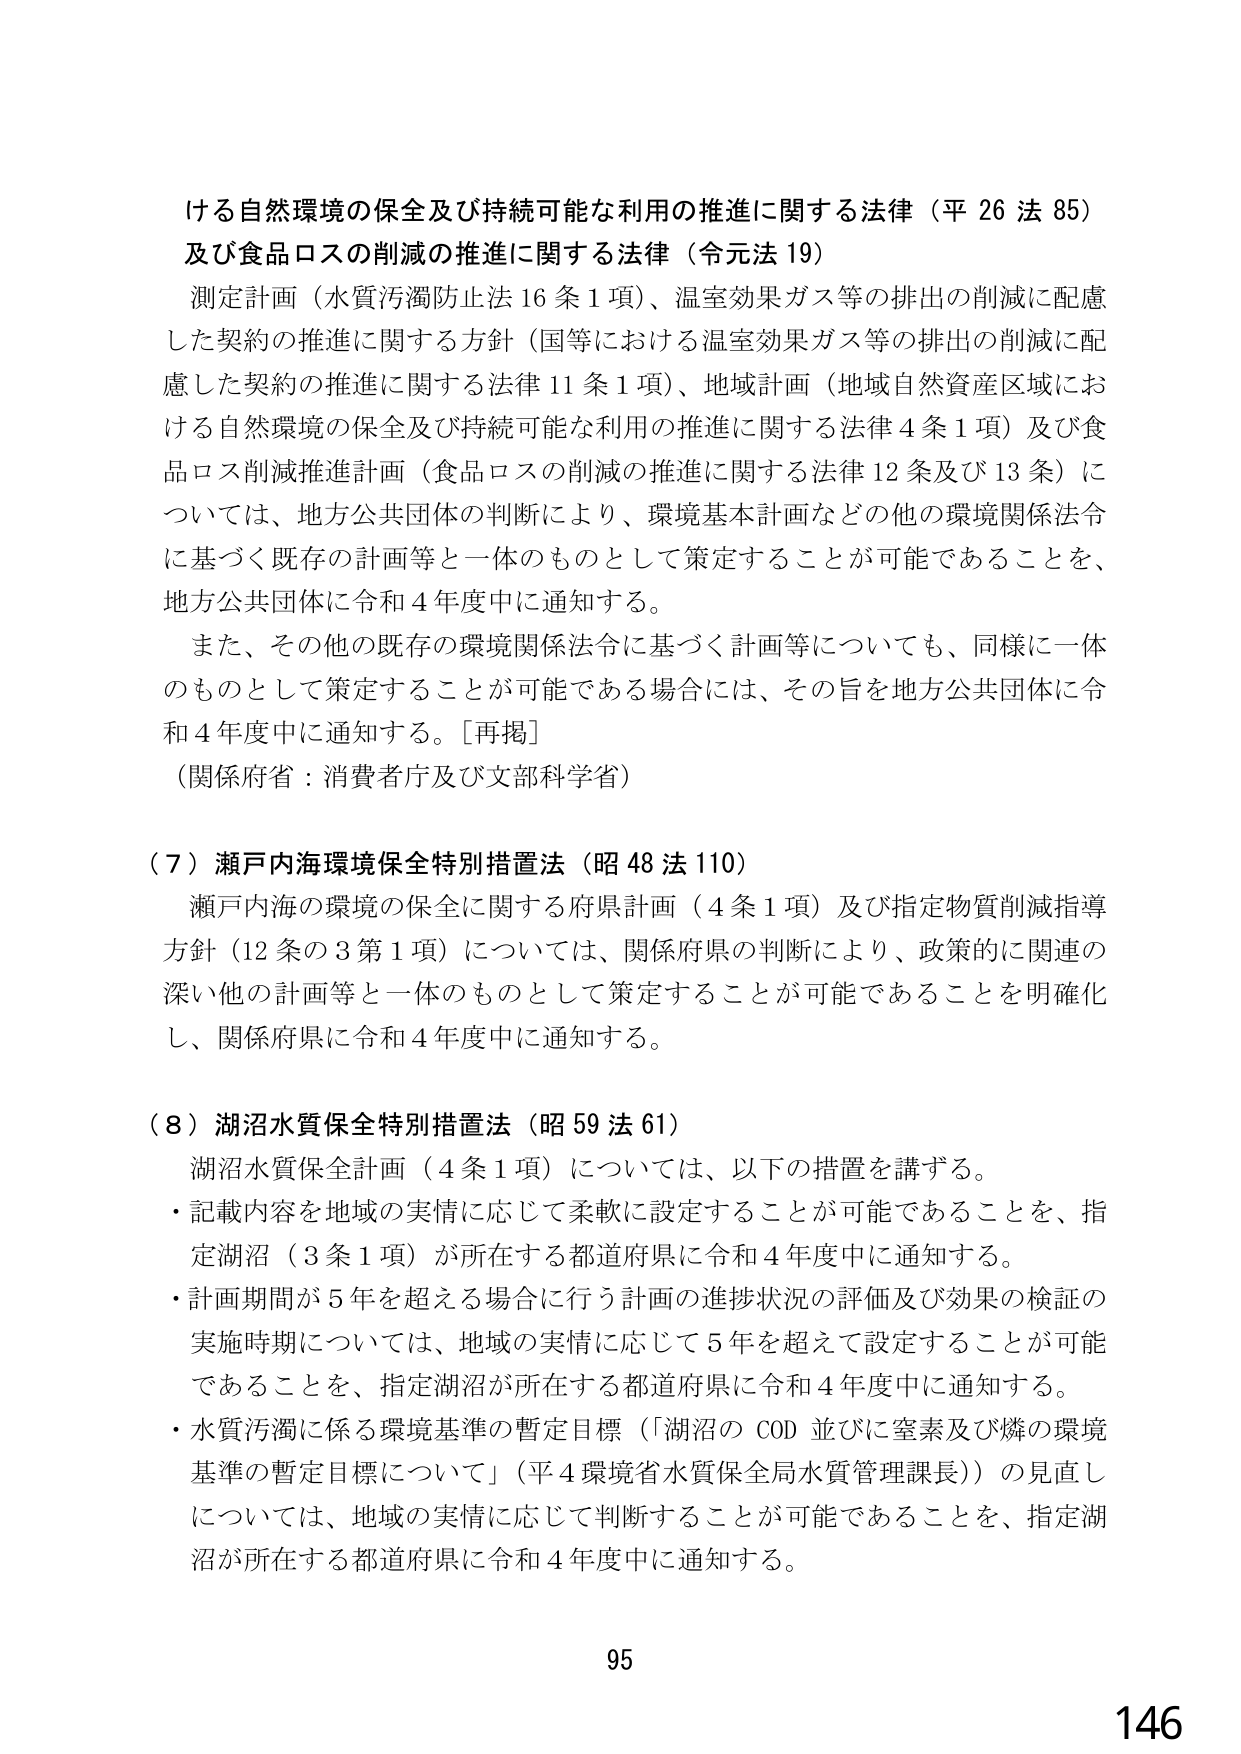
ける自然環境の保全及び持続可能な利用の推進に関する法律（平26法85）
及び食品ロスの削減の推進に関する法律（令元法19）
測定計画（水質汚濁防止法16条1項）、温室効果ガス等の排出の削減に配慮
した契約の推進に関する方針（国等における温室効果ガス等の排出の削減に配
慮した契約の推進に関する法律11条1項）、地域計画（地域自然資産区域にお
ける自然環境の保全及び持続可能な利用の推進に関する法律4条1項）及び食
品ロス削減推進計画（食品ロスの削減の推進に関する法律12条及び13条）に
ついては、地方公共団体の判断により、環境基本計画などの他の環境関係法令
に基づく既存の計画等と一体のものとして策定することが可能であることを、
地方公共団体に令和4年度中に通知する。
また、その他の既存の環境関係法令に基づく計画等についても、同様に一体
のものとして策定することが可能である場合には、その旨を地方公共団体に令
和4年度中に通知する。[再掲]
（関係府省：消費者庁及び文部科学省）

（7）瀬戸内海環境保全特別措置法（昭48法110）
瀬戸内海の環境の保全に関する府県計画（4条1項）及び指定物質削減指導
方針（12条の3第1項）については、関係府県の判断により、政策的に関連の
深い他の計画等と一体のものとして策定することが可能であることを明確化
し、関係府県に令和4年度中に通知する。

（8）湖沼水質保全特別措置法（昭59法61）
湖沼水質保全計画（4条1項）については、以下の措置を講ずる。
・記載内容を地域の実情に応じて柔軟に設定することが可能であることを、指
定湖沼（3条1項）が所在する都道府県に令和4年度中に通知する。
・計画期間が5年を超える場合に行う計画の進捗状況の評価及び効果の検証の
実施時期については、地域の実情に応じて5年を超えて設定することが可能
であることを、指定湖沼が所在する都道府県に令和4年度中に通知する。
・水質汚濁に係る環境基準の暫定目標（「湖沼のCOD並びに窒素及び燐の環境
基準の暫定目標について」（平4環境省水質保全局水質管理課長））の見直し
については、地域の実情に応じて判断することが可能であることを、指定湖
沼が所在する都道府県に令和4年度中に通知する。

95
146